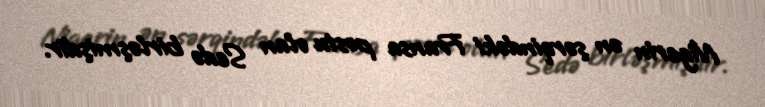
Nigerin ən şərqindəki Fransa postu olan Sedə birləşmişdir.